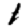
Digit: 1